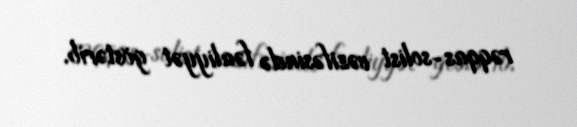
rəqqas-solist vəzifəsində fəaliyyət göstərib.